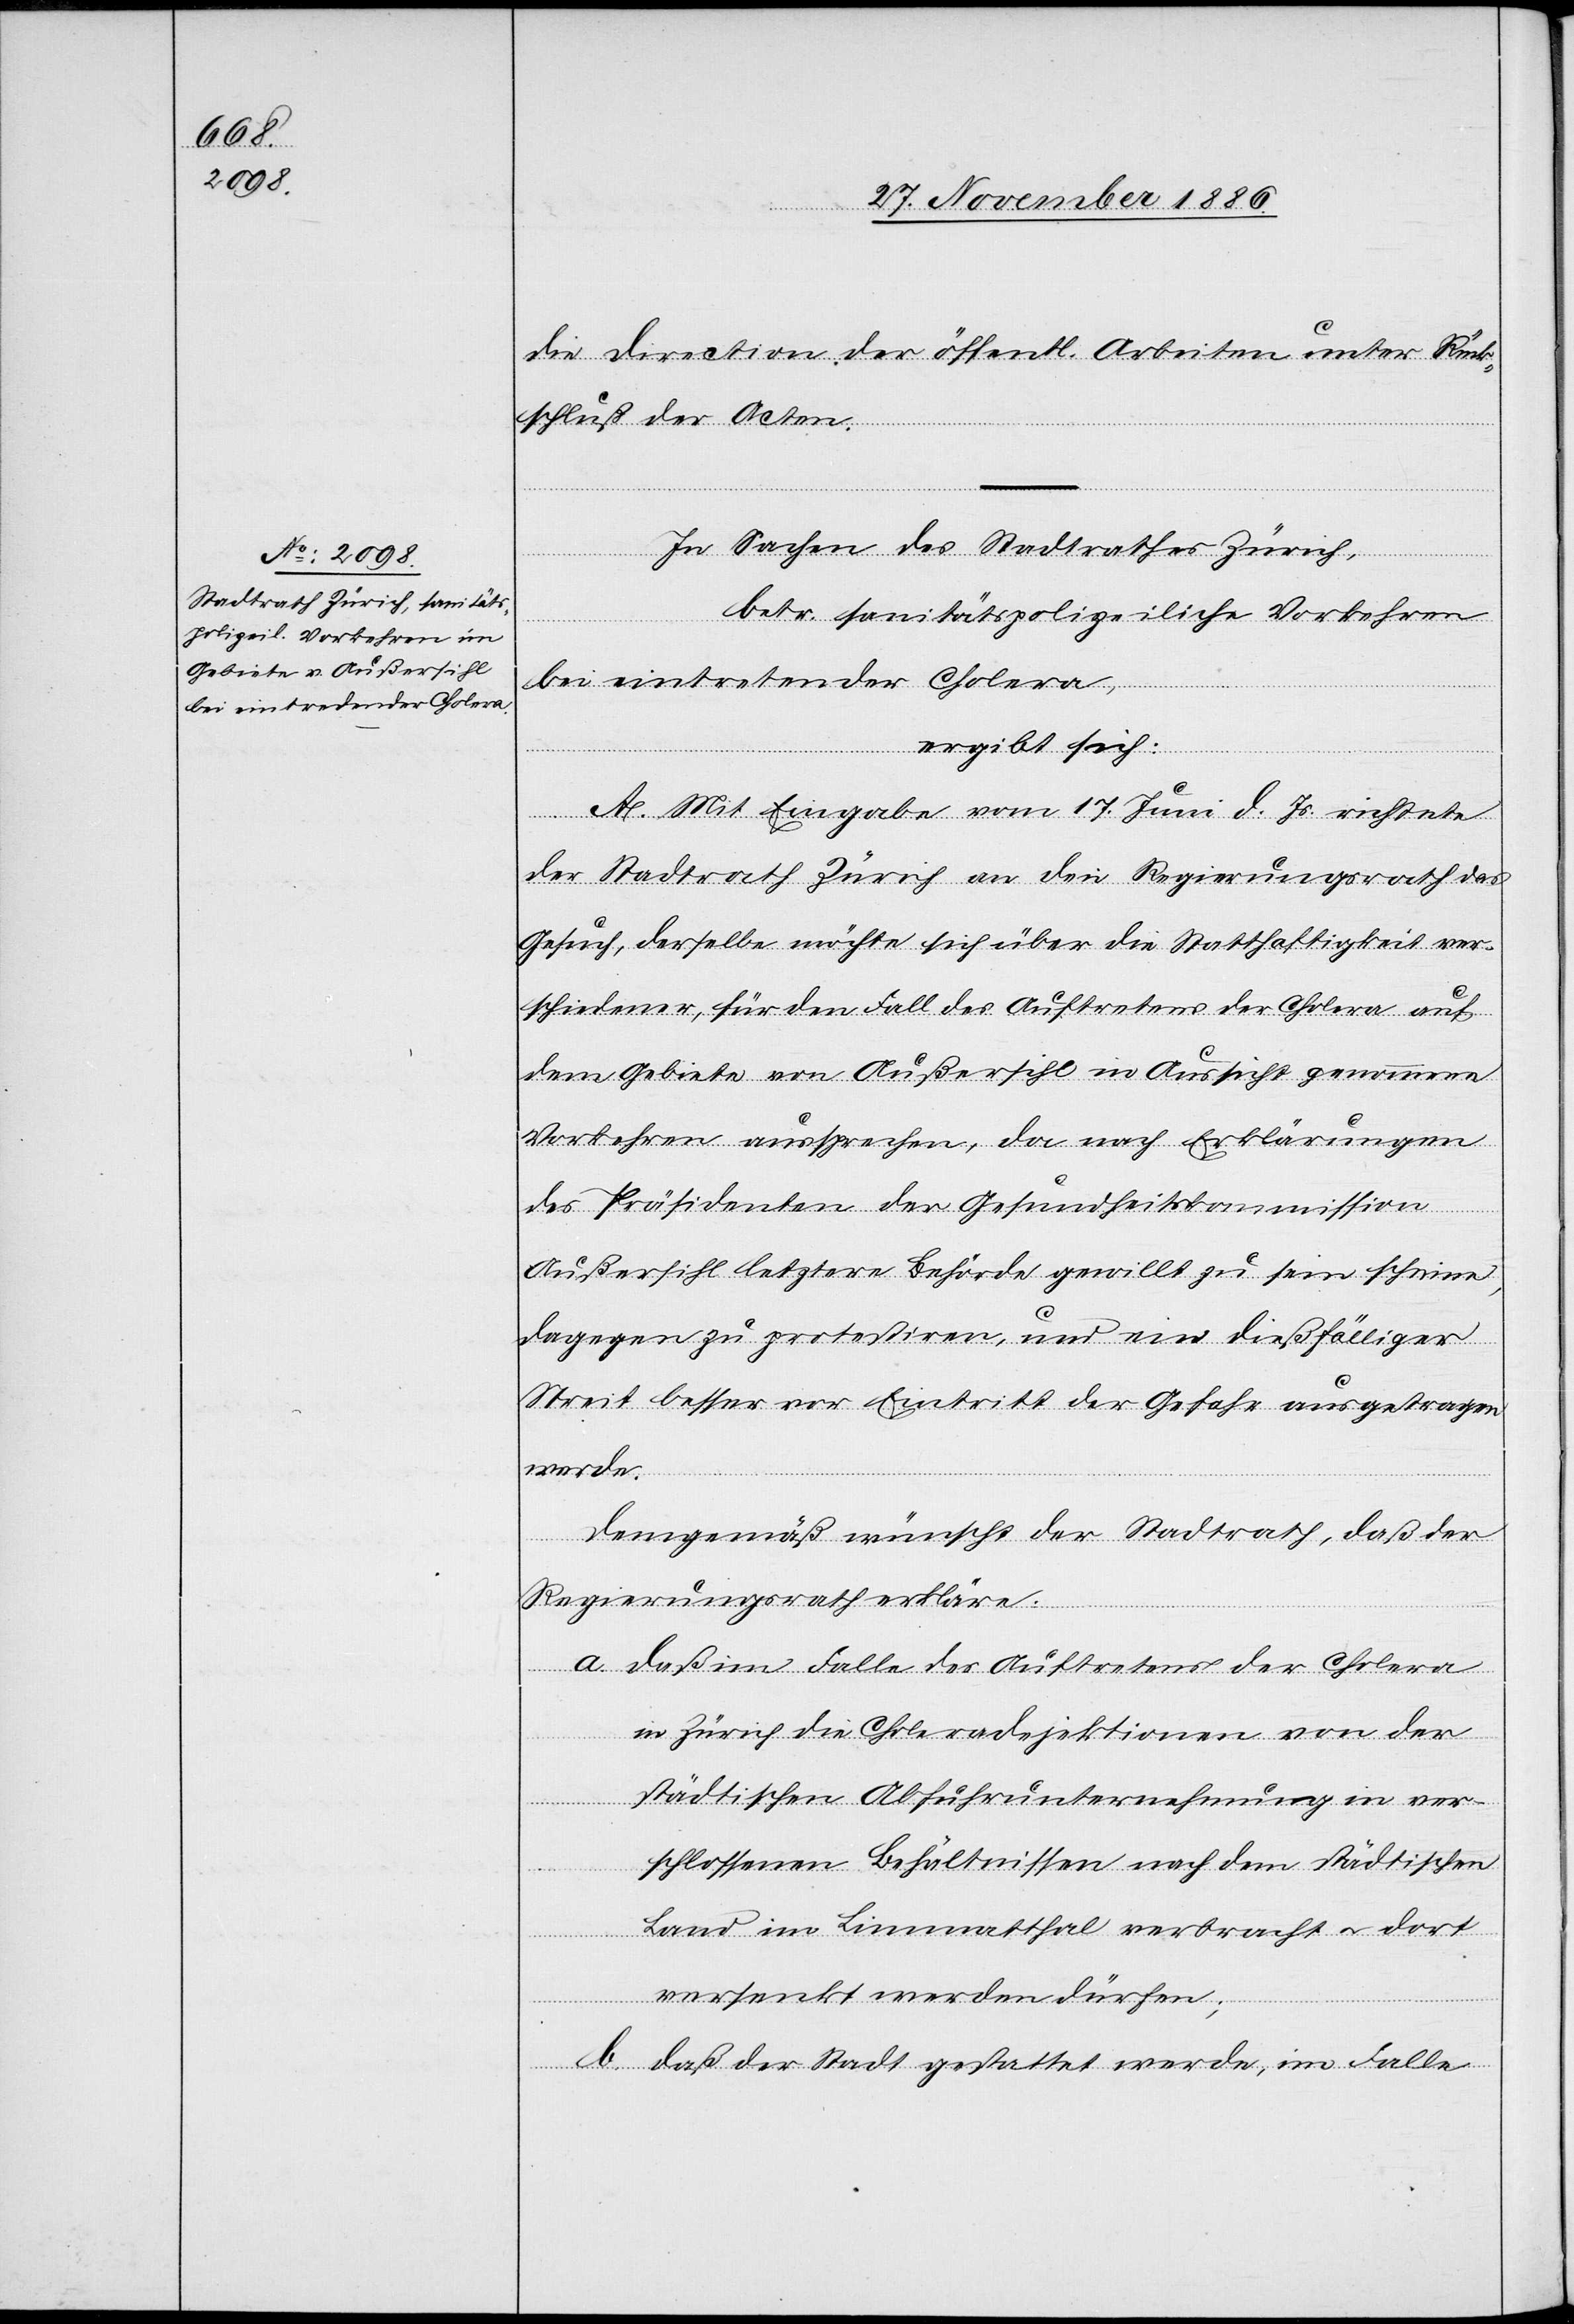
die Direction der öffentl. Arbeiten unter Rück¬
schluß der Acten.
In Sachen des Stadtrathes Zürich,
betr. sanitätspolizeiliche Vorkehren
bei eintretender Cholera,
ergibt sich:
A. Mit Eingabe vom 17. Juni d. Js. richtete
der Stadtrath Zürich an den Regierungsrath das
Gesuch, derselbe möchte sich über die Statthaftigkeit ver¬
schiedener, für den Fall des Auftretens der Cholera auf
dem Gebiete von Außersihl in Aussicht genommene
Vorkehren aussprechen, da nach Erklärungen
des Präsidenten der Gesundheitskommission
Außersihl letztere Behörde gewillt zu sein scheine,
dagegen zu protestiren, und ein dießfälliger
Streit besser vor Eintritt der Gefahr ausgetragen
werde.
Demgemäß wünscht der Stadtrath, daß der
Regierungsrath erkläre:
a. daß im Falle des Auftretens der Cholera
in Zürich die Choleradejektionen von der
städtischen Abfuhrunternehmung in ver¬
schlossenen Behältnissen nach dem städtischen
Land im Limmatthal verbracht & dort
versenkt werden dürfen;
b. daß der Stadt gestattet werde, im Falle